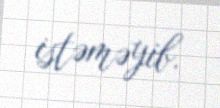
istəməyib.